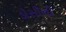
ડોસીની